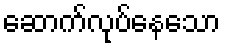
ဆောက်လုပ်နေသော